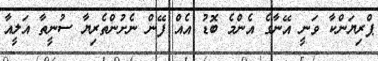
ޕްރިޔަންކާ ވަނީ އޭނާގެ އެންމެ ބޮޑު އެއް ފޭން ނެށުންތެރިޔާ ސުނީތާ އަލީއާ